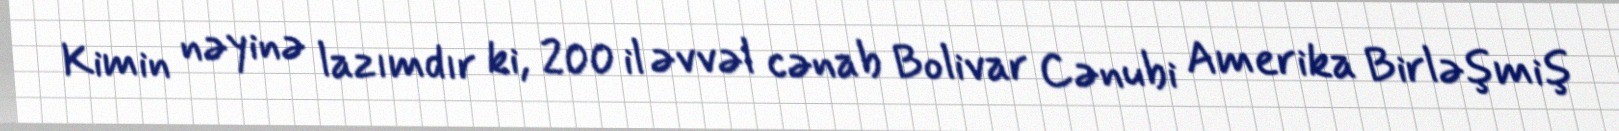
Kimin nəyinə lazımdır ki, 200 il əvvəl cənab Bolivar Cənubi Amerika Birləşmiş